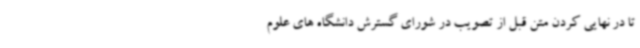
تا در نهایی کردن متن قبل از تصویب در شورای گسترش دانشگاه های علوم